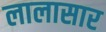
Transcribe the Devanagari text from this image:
लालासार